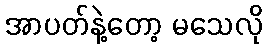
အာပတ်နဲ့တော့ မသေလို